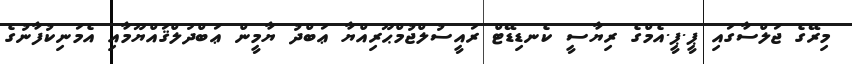
މިރޭގެ ޖަލްސާގައި ޕީ.ޕީ.އެމްގެ ރިޔާސީ ކެނޑިޑޭޓް ރައީސުލްޖުމްޙޫރިއްޔާ ޢަބްދު ޔާމީން ޢަބްދުލްޤައްޔޫމާއި އެމަނިކުފާނުގެ